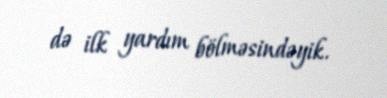
də ilk yardım bölməsindəyik.